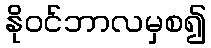
နိုဝင်ဘာလမှစ၍